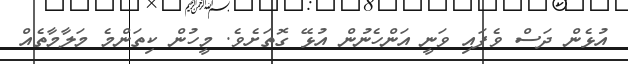
އުޅެން ދަސް ވެފައި ވަނީ އަންހެނުން އުޅޭ ގޮތަށެވެ. މީހުން ކިތަންމެ މަލާމާތެއް